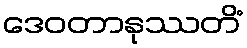
ဒေဝတာနုဿတိံ